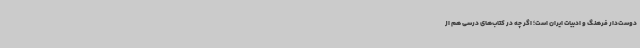
دوست‌دار فرهنگ و ادبیات ایران است؛ اگر چه در کتاب‌های درسی هم از